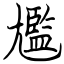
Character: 尷